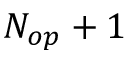
N _ { o p } + 1